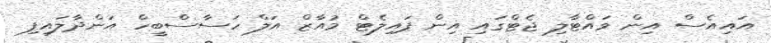
އައިއެސް އިން ވައްޓާލި ޖެޓްގައި އިން ޕައިލެޓް މުއާޒް އަލް ހަސާސްބީހް އަންދާލައިފި